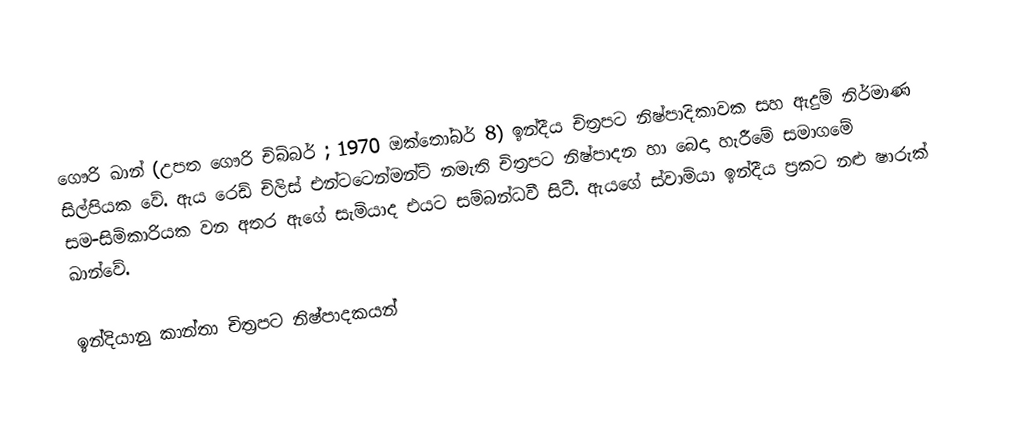
ගෞරි ඛාන්  (උපත ගෞරි චිබ්බර් ; 1970 ඔක්තෝබර් 8) ඉන්දීය චිත්‍රපට නිෂ්පාදිකාවක සහ ඇදුම් නිර්මාණ සිල්පියක වේ. ඇය රෙඩ් චිලිස් එන්ටටෙන්මන්ට් නමැති චිත්‍රපට නිෂ්පාදන හා බෙදා හැරීමේ සමාගමේ සම-සිමිකාරියක වන අතර ඇගේ සැමියාද එයට සම්බන්ධවී සිටී. ඇයගේ ස්වාමියා ඉන්දීය ප්‍රකට නළු ෂාරුක් ඛාන්වේ.

ඉන්දියානු කාන්තා චිත්‍රපට නිෂ්පාදකයන්